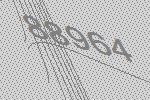
88964